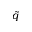
\tilde { q }